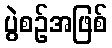
ပွဲစဉ်အဖြစ်